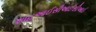
શાહઆઈસીઆઈસીઆઈ